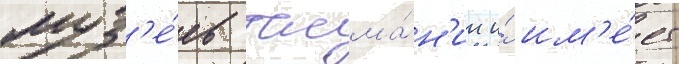
муз'е́ев тасма́н'ии и́ им'е́ет